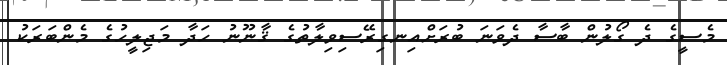
މެސީގެ ދެ ގޯލުން ބާސާ ދެވަނަ ބުރަށްއިނގިރޭސިވިލާތުގެ ޤާނޫނު ހަދާ މަޖިލީހުގެ މެންބަރަކު